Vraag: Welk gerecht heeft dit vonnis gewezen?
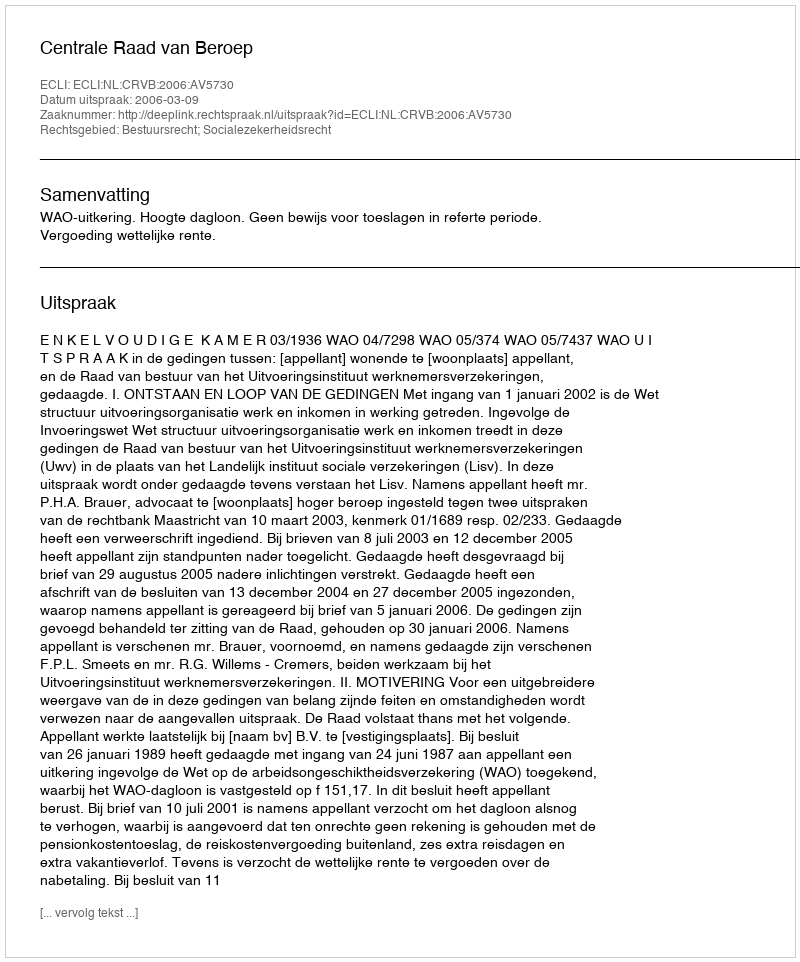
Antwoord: Centrale Raad van Beroep